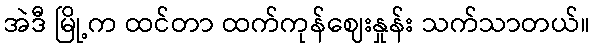
အဲဒီ မြို့က ထင်တာ ထက်ကုန်ဈေးနှုန်း သက်သာတယ်။